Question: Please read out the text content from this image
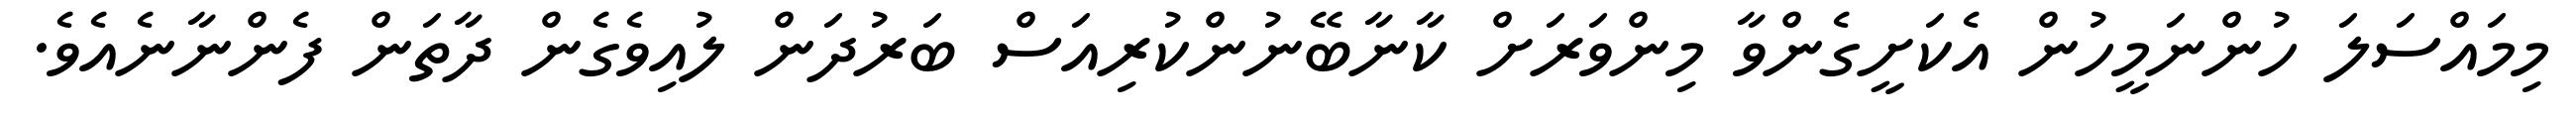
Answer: މިމައްސަލަ ހުންނަމީހުން އެކަށީގެންވާ މިންވަރަށް ކާނާބޭނުންކުރިއަސް ބަރުދަން ލުއިވެގެން ދާތަން ފެންނާނެއެވެ.